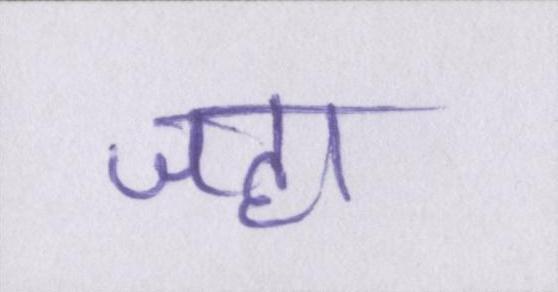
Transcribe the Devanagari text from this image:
जहा